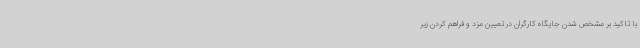
با تاکید بر مشخص شدن جایگاه کارگران در تعیین مزد و فراهم کردن زیر